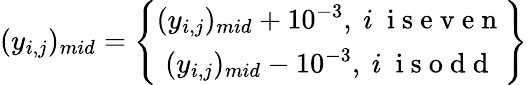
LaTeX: (y_{i,j})_{mid}=\left\{ \begin{array}{c}{(y_{i,j})_{mid}+10^{-3},\ i\ \mathrm{~i~s~e~v~e~n~}}\\ {(y_{i,j})_{mid}-10^{-3},\ i\ \mathrm{~i~s~o~d~d~}}\end{array}\right\}